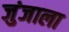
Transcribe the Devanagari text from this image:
जुंजाला